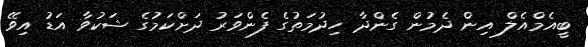
ބީއެމްއެލް އިން ދެމުން ގެންދާ ހިދުމަތުގެ ފެންވަރު ދަށްކަމުގެ ޝަކުވާ އަޑު އިވޭ